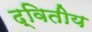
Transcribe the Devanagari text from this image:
द्‌वितीय